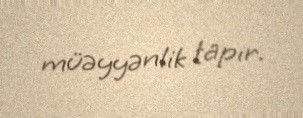
müəyyənlik tapır.